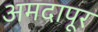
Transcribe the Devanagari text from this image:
अमदापूर